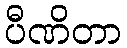
ပီဏိတာ